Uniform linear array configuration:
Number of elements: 24
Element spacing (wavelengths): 0.75
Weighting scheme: uniform
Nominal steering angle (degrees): -30
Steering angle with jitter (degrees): -28.683
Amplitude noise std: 0.05
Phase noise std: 0.05

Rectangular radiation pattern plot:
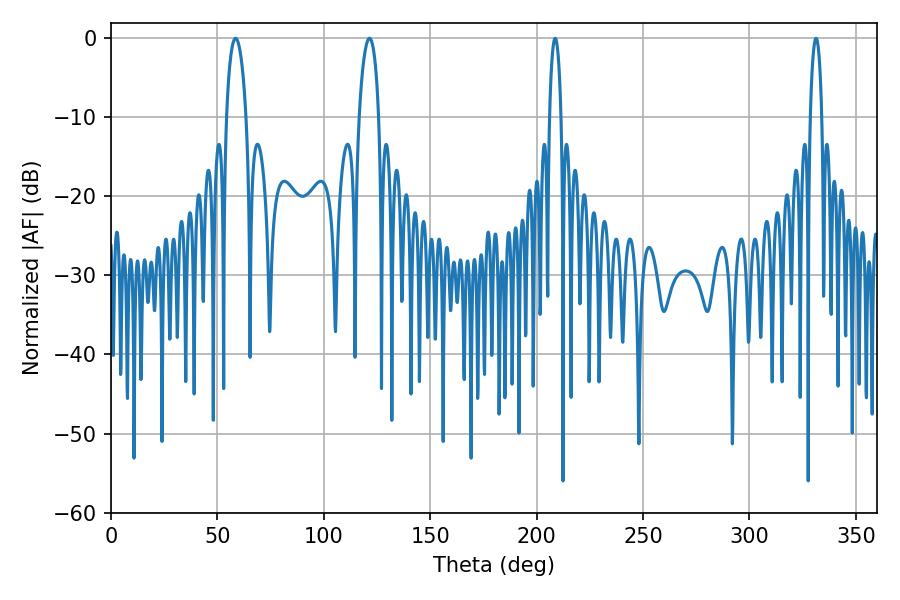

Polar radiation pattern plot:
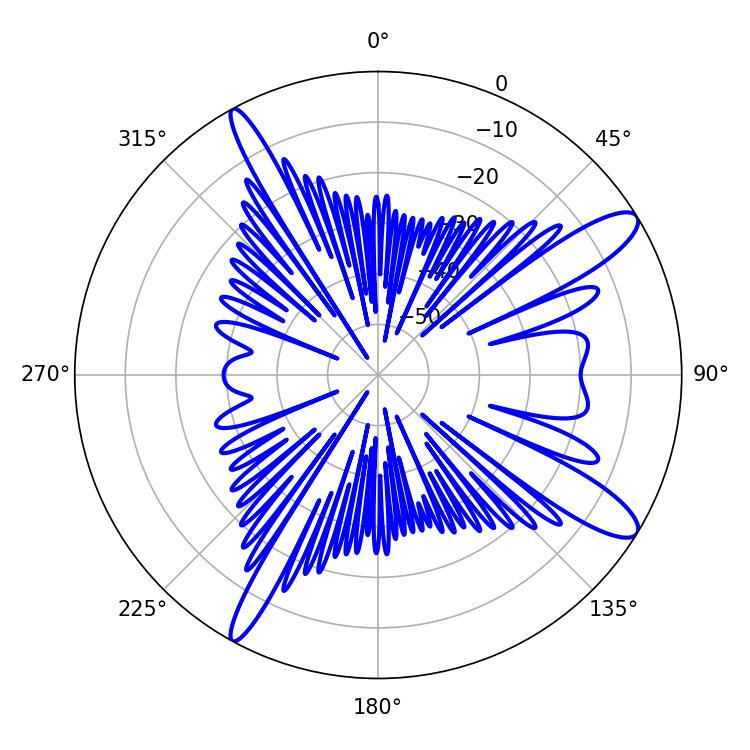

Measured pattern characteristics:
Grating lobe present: TRUE
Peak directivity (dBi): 12.171
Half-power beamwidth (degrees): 5.22
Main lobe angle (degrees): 58.5